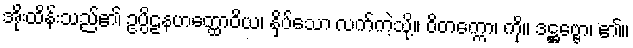
အိုးထိန်းသည်၏ ဥပ္ပိဠနဟတ္ထောဝိယ၊ နှိပ်သော လက်ကဲ့သို့။ ဝိတက္ကော၊ ကို။ ဒဋ္ဌဗ္ဗော၊ ၏။